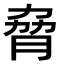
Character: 脅